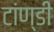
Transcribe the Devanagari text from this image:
टांण्डी